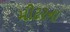
મીટરના